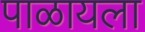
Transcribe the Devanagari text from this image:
पाळायला